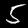
Label: 5